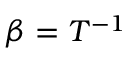
\beta = T ^ { - 1 }